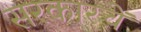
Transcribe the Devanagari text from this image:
सरकारचें